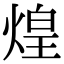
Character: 煌